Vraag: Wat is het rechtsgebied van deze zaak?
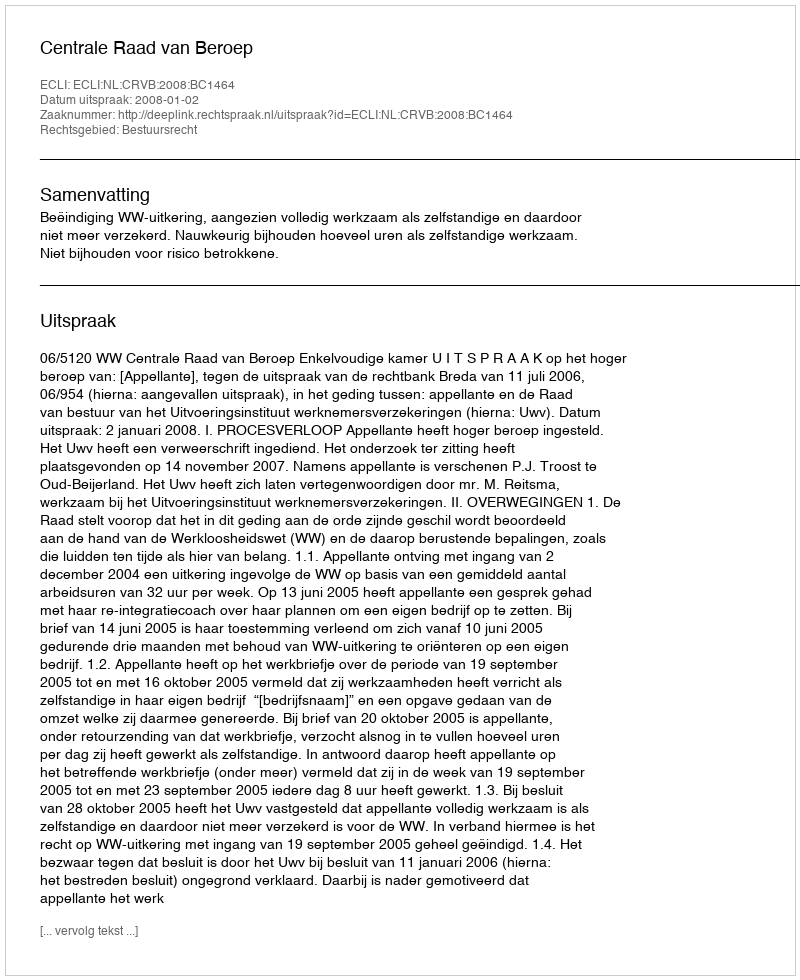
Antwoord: Bestuursrecht